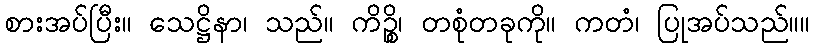
စားအပ်ပြီး။ သေဋ္ဌိနာ၊ သည်။ ကိဉ္စိ၊ တစုံတခုကို။ ကတံ၊ ပြုအပ်သည်။။